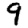
Digit: 9